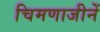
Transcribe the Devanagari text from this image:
चिमणाजीनें